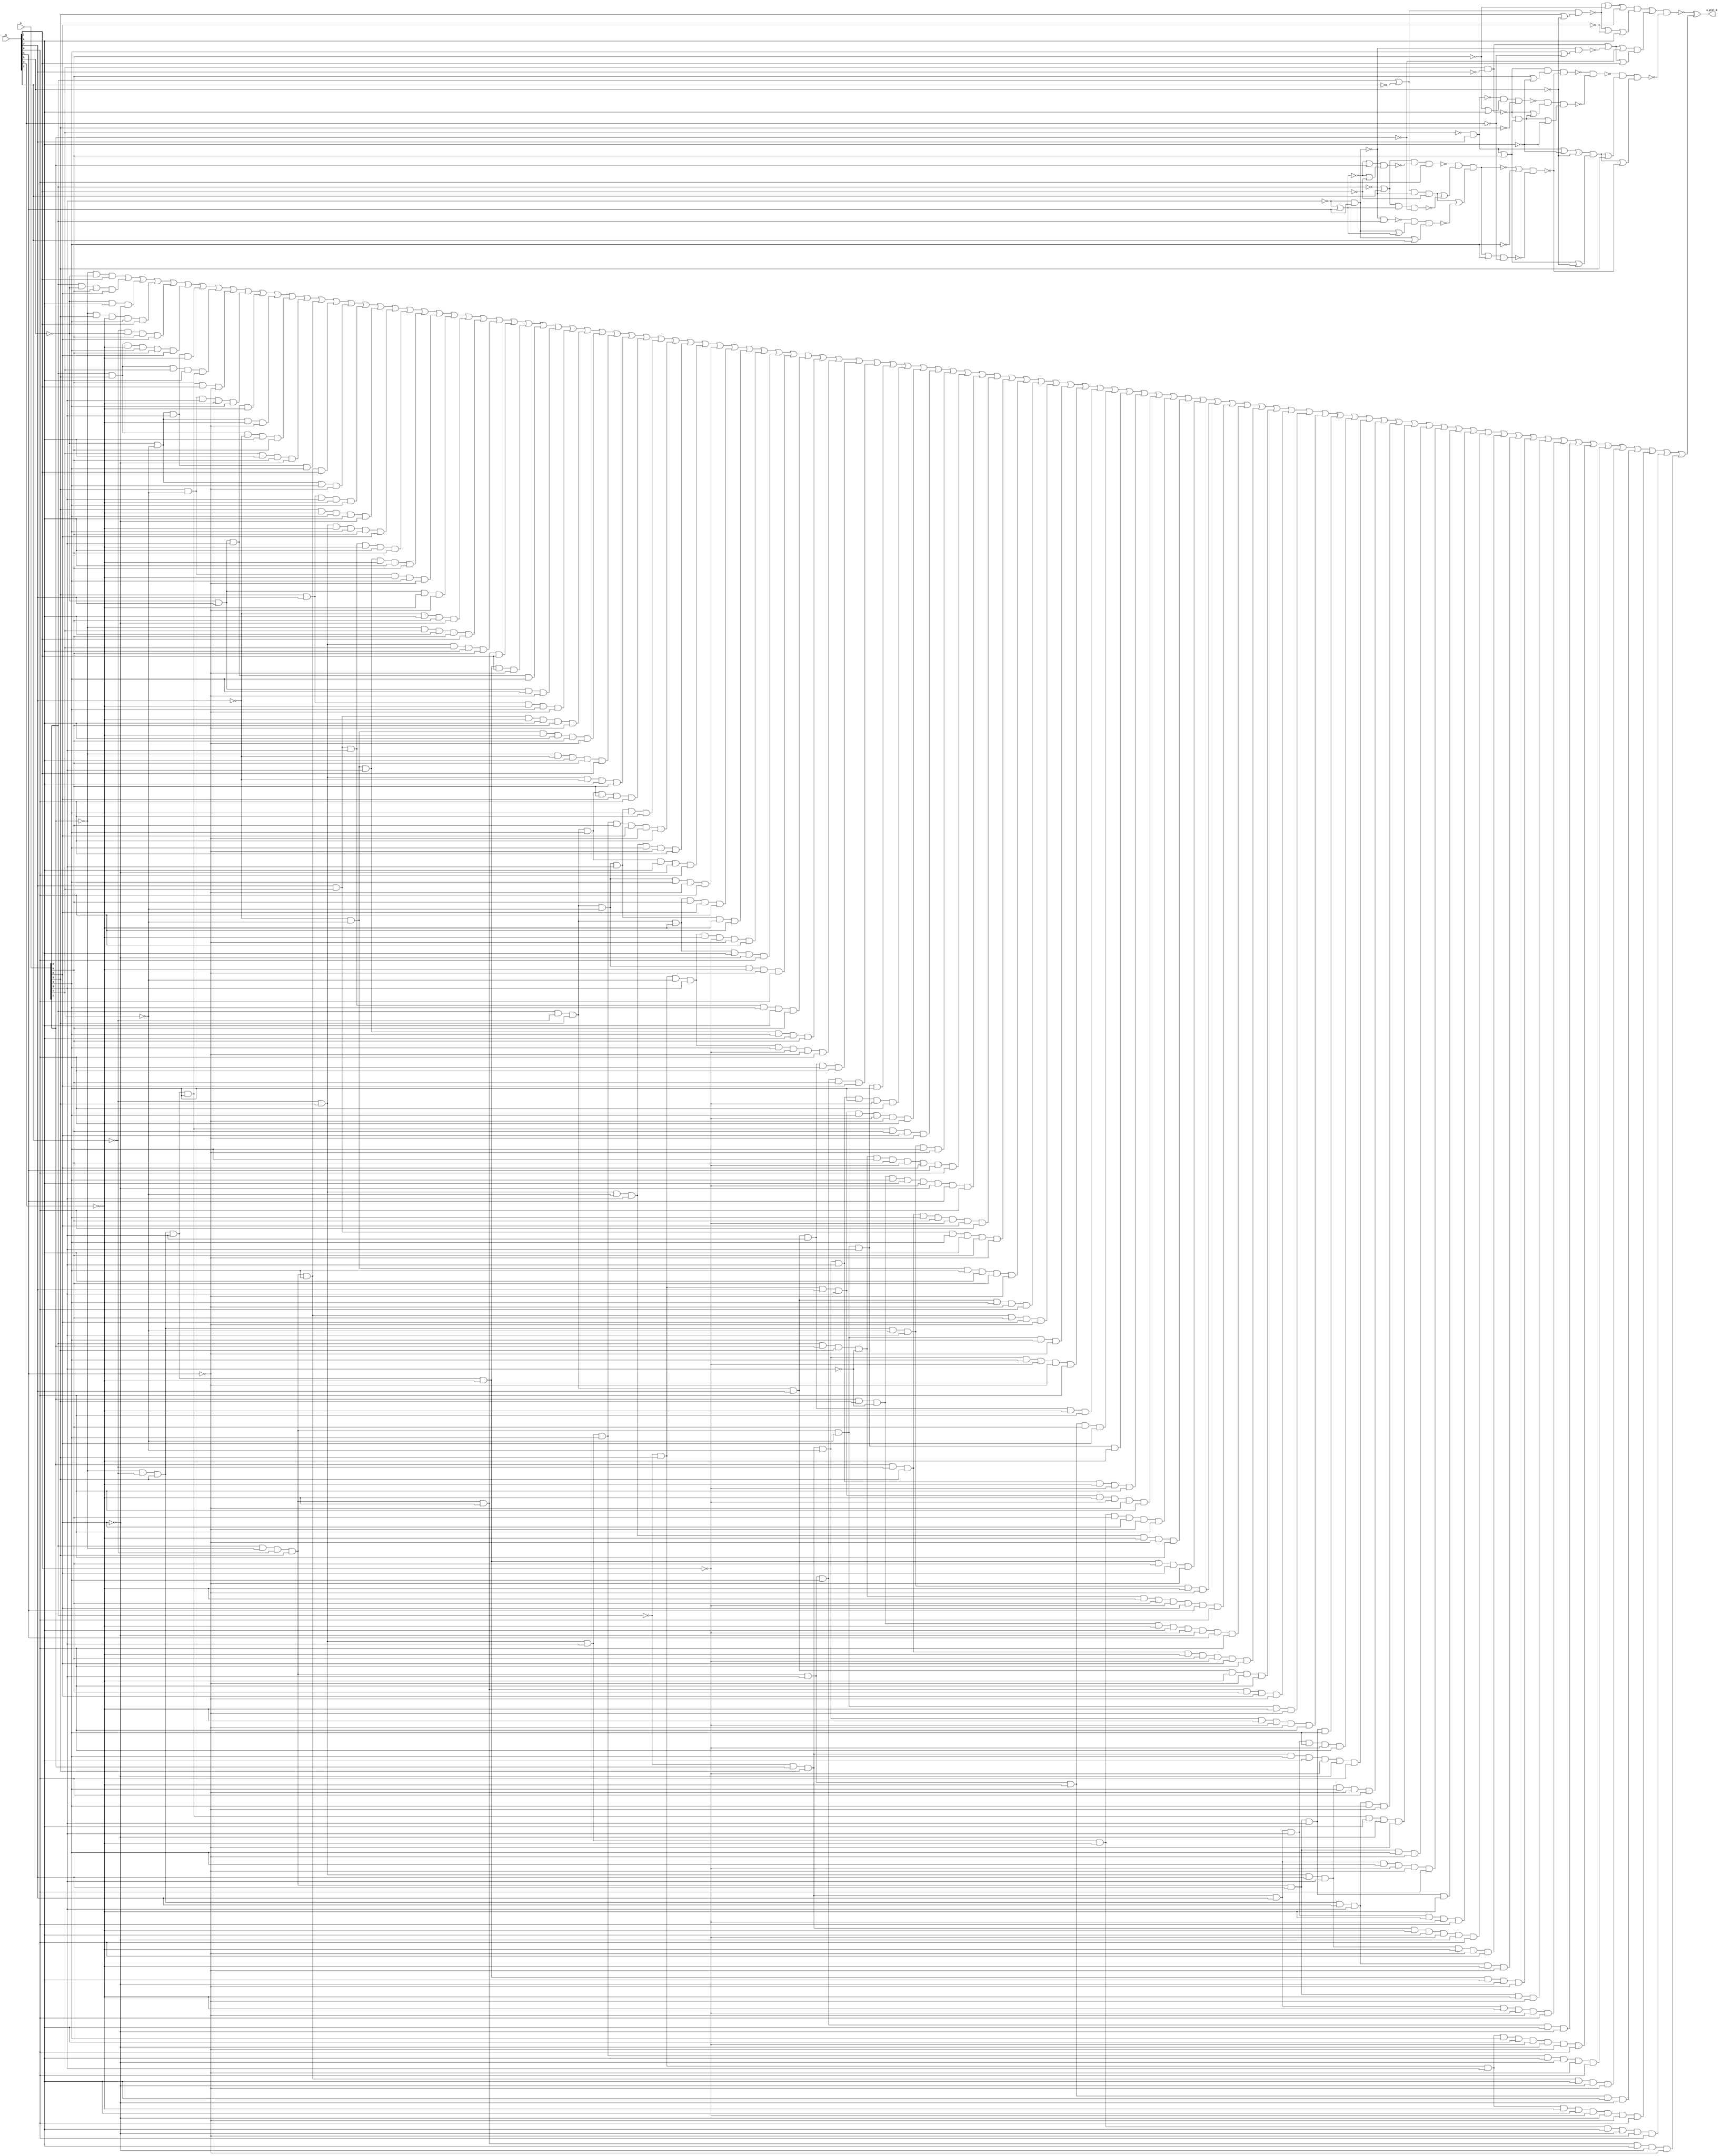
module test_8(a_gtet_b,a,b);
	input [7:0]a, b;
	output a_gtet_b;
	wire [7:0]a, b;
	wire a_gtet_b, n_8, n_13, n_43, n_52, n_59, n_64, n_67, n_149, n_156, n_158, n_171, n_403, n_407, n_410, n_415, n_425, n_432, n_442, n_443, n_444, n_445, n_446, n_447, n_448, n_449, n_450, n_451, n_452, n_453, n_454, n_455, n_456, n_457, n_458, n_459, n_460, n_461, n_462, n_463, n_464, n_465, n_466, n_467, n_468, n_469, n_470, n_471, n_472, n_473, n_474, n_475, n_476, n_477, n_478, n_479, n_480, n_481, n_482, n_483, n_484, n_485, n_486, n_487, n_488, n_489, n_490, n_491, n_492, n_493, n_494, n_495, n_496, n_497, n_498, n_499, n_500, n_501, n_502, n_503, n_504, n_505, n_506, n_507, n_508, n_509, n_510, n_511, n_512, n_513, n_514, n_515, n_516, n_517, n_518, n_519, n_520, n_521, n_522, n_523, n_524;
	wire sub_wire0, w_eco0, w_eco1, w_eco2, w_eco3, w_eco4, w_eco5, w_eco6, w_eco7, w_eco8, w_eco9, w_eco10, w_eco11, w_eco12, w_eco13, w_eco14, w_eco15, w_eco16, w_eco17, w_eco18, w_eco19, w_eco20, w_eco21, w_eco22, w_eco23, w_eco24, w_eco25, w_eco26, w_eco27, w_eco28, w_eco29, w_eco30, w_eco31, w_eco32, w_eco33, w_eco34, w_eco35, w_eco36, w_eco37, w_eco38, w_eco39, w_eco40, w_eco41, w_eco42, w_eco43, w_eco44, w_eco45, w_eco46, w_eco47, w_eco48, w_eco49, w_eco50, w_eco51, w_eco52, w_eco53, w_eco54, w_eco55, w_eco56, w_eco57, w_eco58, w_eco59, w_eco60, w_eco61, w_eco62, w_eco63, w_eco64, w_eco65, w_eco66, w_eco67, w_eco68, w_eco69, w_eco70, w_eco71, w_eco72, w_eco73, w_eco74, w_eco75, w_eco76, w_eco77, w_eco78, w_eco79, w_eco80, w_eco81, w_eco82, w_eco83, w_eco84, w_eco85, w_eco86, w_eco87, w_eco88, w_eco89, w_eco90, w_eco91, w_eco92, w_eco93, w_eco94, w_eco95, w_eco96, w_eco97, w_eco98, w_eco99, w_eco100, w_eco101, w_eco102, w_eco103, w_eco104, w_eco105, w_eco106;

	not g468(n_442, a[2]);
	not g469(n_443, a[1]);
	not g470(n_444, b[2]);
	not g471(n_445, b[5]);
	not g472(n_446, a[5]);
	not g473(n_447, b[7]);
	not g474(n_448, a[7]);
	not g475(n_449, a[3]);
	not g476(n_450, b[4]);
	not g477(n_451, a[4]);
	not g478(n_452, b[6]);
	not g479(n_453, a[6]);
	not g480(n_454, b[1]);
	not g481(n_455, a[0]);
	nand g482(n_8, n_449, b[3]);
	nand g47(n_52, n_8, a[2]);
	not g483(n_456, n_8);
	nand g484(n_13, a[7], n_447);
	not g485(n_457, n_13);
	nor g486(n_458, a[6], n_452);
	not g487(n_459, n_458);
	nor g488(n_407, n_442, b[2]);
	not g489(n_460, n_407);
	nor g490(n_43, n_449, b[3]);
	nor g133(n_158, n_43, a[1]);
	not g491(n_461, n_43);
	not g492(n_462, n_158);
	nor g493(n_463, n_43, n_454);
	not g494(n_464, n_463);
	nand g495(n_465, n_462, n_464);
	nand g496(n_466, n_460, n_465, b[0]);
	nor g497(n_403, a[2], n_444);
	not g498(n_467, n_403);
	nand g499(n_410, n_467, n_8, n_454);
	not g500(n_468, n_410);
	nand g501(n_469, n_460, n_461, n_443);
	nor g502(n_470, n_468, n_469);
	not g503(n_471, n_470);
	nor g504(n_472, n_456, n_461);
	not g505(n_473, n_472);
	nor g506(n_474, n_456, b[2]);
	not g507(n_475, n_474);
	nand g508(n_476, n_52, n_473, n_475);
	nor g509(n_477, n_468, n_476);
	not g510(n_478, n_477);
	nand g511(n_59, n_466, n_471, n_478);
	not g512(n_479, n_59);
	nor g513(n_480, n_59, n_451);
	not g514(n_481, n_480);
	nor g515(n_482, n_479, a[4]);
	not g516(n_483, n_482);
	nand g517(n_484, n_483, n_450);
	nand g518(n_64, n_481, n_484);
	nand g519(n_485, n_13, n_459, n_64);
	nand g520(n_67, n_448, b[7]);
	not g521(n_486, n_67);
	nor g522(n_487, n_453, b[6]);
	not g523(n_488, n_487);
	nand g524(n_489, n_67, n_488, n_446);
	nor g525(n_415, n_486, a[6]);
	not g526(n_490, n_415);
	nand g527(n_425, n_13, n_490);
	not g528(n_491, n_425);
	nor g529(n_492, n_13, n_491);
	not g530(n_493, n_492);
	nor g531(n_494, n_491, n_452);
	not g532(n_495, n_494);
	nand g533(n_496, n_489, n_493, n_495);
	nand g58(n_149, n_485, n_496);
	nor g534(n_497, a[5], n_445);
	not g535(n_498, n_497);
	nand g536(n_156, n_467, n_498);
	nor g537(n_499, n_156, n_453, n_455);
	not g538(n_500, n_499);
	nor g539(n_501, n_156, n_455, b[6]);
	not g540(n_502, n_501);
	nand g541(n_503, n_500, n_502);
	not g542(n_504, n_503);
	nor g543(n_505, a[4], n_450);
	not g544(n_506, n_505);
	nand g545(n_171, n_8, n_506);
	nor g546(n_507, n_457, n_171, n_443);
	not g547(n_508, n_507);
	nor g548(n_509, n_457, n_171, b[1]);
	not g549(n_510, n_509);
	nand g550(n_511, n_508, n_510);
	not g551(n_512, n_511);
	nor g552(n_513, n_504, n_512);
	not g553(n_514, n_513);
	nor g554(n_515, n_486, n_452, n_445);
	not g555(n_516, n_515);
	nor g556(n_517, n_490, n_445);
	not g557(n_518, n_517);
	nand g558(n_432, n_516, n_518);
	not g559(n_519, n_432);
	nor g560(n_520, n_519, a[5]);
	not g561(n_521, n_520);
	nor g562(n_522, n_519, n_64);
	not g563(n_523, n_522);
	nand g564(n_524, n_149, n_521, n_523);
	nand g565(sub_wire0, n_514, n_524);
	and _ECO_0(w_eco0, !a[1], !b[5], b[1]);
	and _ECO_1(w_eco1, a[2], !b[5], a[6], a[0]);
	and _ECO_2(w_eco2, !b[5], b[6], !a[0]);
	and _ECO_3(w_eco3, !a[1], a[5], !b[4], a[4], b[1]);
	and _ECO_4(w_eco4, !b[2], !b[5], a[6], a[0]);
	and _ECO_5(w_eco5, a[2], a[5], !b[4], a[4], a[6], a[0]);
	and _ECO_6(w_eco6, !b[5], !a[7], a[3], !b[4]);
	and _ECO_7(w_eco7, a[2], a[5], a[7], b[6], a[6]);
	and _ECO_8(w_eco8, !a[1], !b[2], a[5], a[3], a[4], b[1], !b[3]);
	and _ECO_9(w_eco9, a[5], !a[7], a[3], !b[4], a[4]);
	and _ECO_10(w_eco10, !b[5], b[7], a[3], !b[4]);
	and _ECO_11(w_eco11, !b[5], !a[7], !b[4], !b[3]);
	and _ECO_12(w_eco12, a[2], a[5], !b[7], b[6], a[6]);
	and _ECO_13(w_eco13, a[7], b[6], a[6], !a[0]);
	and _ECO_14(w_eco14, !b[5], !a[7], a[3], a[4]);
	and _ECO_15(w_eco15, a[2], !a[1], !b[2], a[5], a[4], b[1]);
	and _ECO_16(w_eco16, !b[5], !a[7], a[4], !b[3]);
	and _ECO_17(w_eco17, a[5], b[7], a[3], !b[4], a[4]);
	and _ECO_18(w_eco18, a[5], !b[4], a[4], b[6], !a[0]);
	and _ECO_19(w_eco19, !b[2], a[5], !b[4], a[4], a[6], a[0]);
	and _ECO_20(w_eco20, b[7], a[7], a[3], !b[4], b[6], a[6]);
	and _ECO_21(w_eco21, !b[7], !a[7], a[3], !b[4], b[6], a[6]);
	and _ECO_22(w_eco22, a[5], !a[7], !b[4], a[4], !b[3]);
	and _ECO_23(w_eco23, !b[5], b[7], !b[4], !b[3]);
	and _ECO_24(w_eco24, !b[7], b[6], a[6], !a[0]);
	and _ECO_25(w_eco25, !a[1], a[7], b[6], a[6], b[1]);
	and _ECO_26(w_eco26, !b[2], a[5], a[7], b[6], a[6]);
	and _ECO_27(w_eco27, a[2], !a[1], !b[2], a[5], !b[4], b[1]);
	and _ECO_28(w_eco28, !a[1], !b[2], a[5], a[3], !b[4], b[1], !b[3]);
	and _ECO_29(w_eco29, !b[5], b[7], a[3], a[4]);
	and _ECO_30(w_eco30, !b[5], b[7], a[4], !b[3]);
	and _ECO_31(w_eco31, a[5], b[7], !b[4], a[4], !b[3]);
	and _ECO_32(w_eco32, b[7], a[7], !b[4], b[6], a[6], !b[3]);
	and _ECO_33(w_eco33, !b[7], !a[7], !b[4], b[6], a[6], !b[3]);
	and _ECO_34(w_eco34, !a[1], !b[7], b[6], a[6], b[1]);
	and _ECO_35(w_eco35, !b[2], a[5], !b[7], b[6], a[6]);
	and _ECO_36(w_eco36, a[2], !b[2], a[5], a[4], a[6], a[0], b[0]);
	and _ECO_37(w_eco37, a[2], !b[2], a[5], !a[7], a[3], a[4], b[0]);
	and _ECO_38(w_eco38, !b[2], a[5], a[3], a[4], a[6], a[0], !b[3], b[0]);
	and _ECO_39(w_eco39, !b[2], a[5], !a[7], a[3], a[4], !b[3], b[0]);
	and _ECO_40(w_eco40, a[2], !b[2], a[5], a[4], b[6], !a[0], b[0]);
	and _ECO_41(w_eco41, a[2], !b[2], a[5], !a[7], a[4], !b[3], b[0]);
	and _ECO_42(w_eco42, a[2], !b[2], a[5], !b[4], a[6], a[0], b[0]);
	and _ECO_43(w_eco43, a[2], !b[2], a[5], !a[7], a[3], !b[4], b[0]);
	and _ECO_44(w_eco44, !a[2], a[5], !a[7], a[3], !b[4], !b[1], !b[3], b[0]);
	and _ECO_45(w_eco45, a[2], !b[2], a[5], !b[4], b[6], !a[0], b[0]);
	and _ECO_46(w_eco46, a[2], !b[2], a[5], !a[7], !b[4], !b[3], b[0]);
	and _ECO_47(w_eco47, b[7], a[7], a[3], a[4], b[6], a[6]);
	and _ECO_48(w_eco48, !b[7], !a[7], a[3], a[4], b[6], a[6]);
	and _ECO_49(w_eco49, !a[2], a[5], !a[7], a[3], a[4], !b[1], !b[3], b[0]);
	and _ECO_50(w_eco50, a[2], !b[2], a[5], b[7], a[3], a[4], b[0]);
	and _ECO_51(w_eco51, a[2], !a[1], !b[2], a[5], a[3], a[4], a[6], a[0]);
	and _ECO_52(w_eco52, a[2], !a[1], !b[2], a[5], !a[7], a[3], a[4]);
	and _ECO_53(w_eco53, !a[2], a[1], a[5], !a[7], a[3], a[4], !b[1], b[0]);
	and _ECO_54(w_eco54, !a[2], a[5], b[7], a[3], a[4], !b[1], !b[3], b[0]);
	and _ECO_55(w_eco55, !a[1], !b[2], a[5], a[3], a[4], a[6], a[0], !b[3]);
	and _ECO_56(w_eco56, !a[1], !b[2], a[5], !a[7], a[3], a[4], !b[3]);
	and _ECO_57(w_eco57, a[2], a[1], a[5], !a[3], a[4], a[6], !b[1], a[0], b[3], b[0]);
	and _ECO_58(w_eco58, a[1], a[5], !a[3], a[4], b[6], !b[1], !a[0], b[3], b[0]);
	and _ECO_59(w_eco59, a[1], !b[2], a[5], a[4], a[6], !b[1], a[0], b[0]);
	and _ECO_60(w_eco60, b[7], a[7], a[4], b[6], a[6], !b[3]);
	and _ECO_61(w_eco61, !b[7], !a[7], a[4], b[6], a[6], !b[3]);
	and _ECO_62(w_eco62, a[2], !b[2], a[5], b[7], a[4], !b[3], b[0]);
	and _ECO_63(w_eco63, a[2], !a[1], !b[2], a[5], a[4], a[6], a[0], !b[3]);
	and _ECO_64(w_eco64, a[2], !a[1], !b[2], a[5], !a[7], a[4], !b[3]);
	and _ECO_65(w_eco65, !a[2], a[1], a[5], !a[7], a[4], !b[1], !b[3], b[0]);
	and _ECO_66(w_eco66, a[2], !b[2], a[5], b[7], a[3], !b[4], b[0]);
	and _ECO_67(w_eco67, a[2], !a[1], !b[2], a[5], a[3], !b[4], a[6], a[0]);
	and _ECO_68(w_eco68, a[2], !a[1], !b[2], a[5], !a[7], a[3], !b[4]);
	and _ECO_69(w_eco69, !a[2], a[1], a[5], !a[7], a[3], !b[4], !b[1], b[0]);
	and _ECO_70(w_eco70, !a[2], a[5], b[7], a[3], !b[4], !b[1], !b[3], b[0]);
	and _ECO_71(w_eco71, !b[2], a[5], a[3], !b[4], a[6], a[0], !b[3], b[0]);
	and _ECO_72(w_eco72, !b[2], a[5], !a[7], a[3], !b[4], !b[3], b[0]);
	and _ECO_73(w_eco73, !a[1], !b[2], a[5], a[3], !b[4], a[6], a[0], !b[3]);
	and _ECO_74(w_eco74, !a[1], !b[2], a[5], !a[7], a[3], !b[4], !b[3]);
	and _ECO_75(w_eco75, a[2], a[1], a[5], !a[3], !b[4], a[6], !b[1], a[0], b[3], b[0]);
	and _ECO_76(w_eco76, a[1], a[5], !a[3], !b[4], b[6], !b[1], !a[0], b[3], b[0]);
	and _ECO_77(w_eco77, a[1], !b[2], a[5], !b[4], a[6], !b[1], a[0], b[0]);
	and _ECO_78(w_eco78, a[2], !b[2], a[5], b[7], !b[4], !b[3], b[0]);
	and _ECO_79(w_eco79, a[2], !a[1], !b[2], a[5], !b[4], a[6], a[0], !b[3]);
	and _ECO_80(w_eco80, a[2], !a[1], !b[2], a[5], !a[7], !b[4], !b[3]);
	and _ECO_81(w_eco81, !a[2], a[1], a[5], !a[7], !b[4], !b[1], !b[3], b[0]);
	and _ECO_82(w_eco82, a[2], !a[1], !b[2], a[5], b[7], a[3], a[4]);
	and _ECO_83(w_eco83, !a[2], a[1], a[5], b[7], a[3], a[4], !b[1], b[0]);
	and _ECO_84(w_eco84, !a[2], a[1], a[5], a[4], b[6], !b[1], !a[0], b[0]);
	and _ECO_85(w_eco85, !b[2], a[5], b[7], a[3], a[4], !b[3], b[0]);
	and _ECO_86(w_eco86, !a[1], !b[2], a[5], b[7], a[3], a[4], !b[3]);
	and _ECO_87(w_eco87, !a[1], !b[2], a[5], a[3], a[4], b[6], !a[0], !b[3]);
	and _ECO_88(w_eco88, a[2], !a[1], !b[2], a[5], b[7], a[4], !b[3]);
	and _ECO_89(w_eco89, !a[2], a[1], a[5], b[7], a[4], !b[1], !b[3], b[0]);
	and _ECO_90(w_eco90, a[2], !a[1], !b[2], a[5], b[7], a[3], !b[4]);
	and _ECO_91(w_eco91, !a[2], a[1], a[5], b[7], a[3], !b[4], !b[1], b[0]);
	and _ECO_92(w_eco92, !a[2], a[1], a[5], !b[4], b[6], !b[1], !a[0], b[0]);
	and _ECO_93(w_eco93, !b[2], a[5], b[7], a[3], !b[4], !b[3], b[0]);
	and _ECO_94(w_eco94, !a[1], !b[2], a[5], b[7], a[3], !b[4], !b[3]);
	and _ECO_95(w_eco95, !a[1], !b[2], a[5], a[3], !b[4], b[6], !a[0], !b[3]);
	and _ECO_96(w_eco96, a[2], !a[1], !b[2], a[5], b[7], !b[4], !b[3]);
	and _ECO_97(w_eco97, !a[2], a[1], a[5], b[7], !b[4], !b[1], !b[3], b[0]);
	and _ECO_98(w_eco98, a[2], !a[1], !b[2], a[5], a[3], a[4], b[6], !a[0]);
	and _ECO_99(w_eco99, !a[2], a[5], a[3], a[4], b[6], !b[1], !a[0], !b[3], b[0]);
	and _ECO_100(w_eco100, !b[2], a[5], a[3], a[4], b[6], !a[0], !b[3], b[0]);
	and _ECO_101(w_eco101, a[2], !a[1], !b[2], a[5], a[4], b[6], !a[0], !b[3]);
	and _ECO_102(w_eco102, a[2], !a[1], !b[2], a[5], a[3], !b[4], b[6], !a[0]);
	and _ECO_103(w_eco103, !a[2], a[5], a[3], !b[4], b[6], !b[1], !a[0], !b[3], b[0]);
	and _ECO_104(w_eco104, !b[2], a[5], a[3], !b[4], b[6], !a[0], !b[3], b[0]);
	and _ECO_105(w_eco105, a[2], !a[1], !b[2], a[5], !b[4], b[6], !a[0], !b[3]);
	or _ECO_106(w_eco106, w_eco0, w_eco1, w_eco2, w_eco3, w_eco4, w_eco5, w_eco6, w_eco7, w_eco8, w_eco9, w_eco10, w_eco11, w_eco12, w_eco13, w_eco14, w_eco15, w_eco16, w_eco17, w_eco18, w_eco19, w_eco20, w_eco21, w_eco22, w_eco23, w_eco24, w_eco25, w_eco26, w_eco27, w_eco28, w_eco29, w_eco30, w_eco31, w_eco32, w_eco33, w_eco34, w_eco35, w_eco36, w_eco37, w_eco38, w_eco39, w_eco40, w_eco41, w_eco42, w_eco43, w_eco44, w_eco45, w_eco46, w_eco47, w_eco48, w_eco49, w_eco50, w_eco51, w_eco52, w_eco53, w_eco54, w_eco55, w_eco56, w_eco57, w_eco58, w_eco59, w_eco60, w_eco61, w_eco62, w_eco63, w_eco64, w_eco65, w_eco66, w_eco67, w_eco68, w_eco69, w_eco70, w_eco71, w_eco72, w_eco73, w_eco74, w_eco75, w_eco76, w_eco77, w_eco78, w_eco79, w_eco80, w_eco81, w_eco82, w_eco83, w_eco84, w_eco85, w_eco86, w_eco87, w_eco88, w_eco89, w_eco90, w_eco91, w_eco92, w_eco93, w_eco94, w_eco95, w_eco96, w_eco97, w_eco98, w_eco99, w_eco100, w_eco101, w_eco102, w_eco103, w_eco104, w_eco105);
	xor _ECO_out0(a_gtet_b, sub_wire0, w_eco106);

endmodule